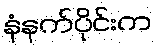
နံနက်ပိုင်းက